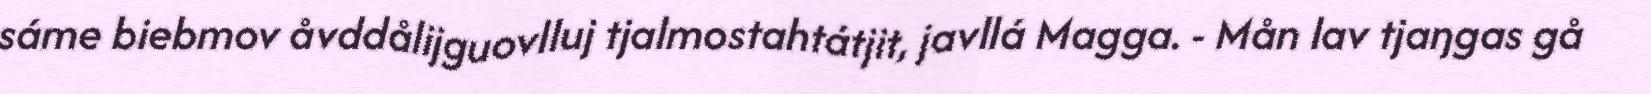
sáme biebmov åvddålijguovlluj tjalmostahtátjit, javllá Magga. - Mån lav tjaŋgas gå